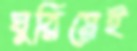
ঘুরিয়েই